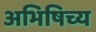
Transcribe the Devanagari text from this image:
अभिषिच्य